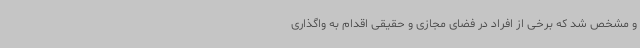
و مشخص شد که برخی از افراد در فضای مجازی و حقیقی اقدام به واگذاری